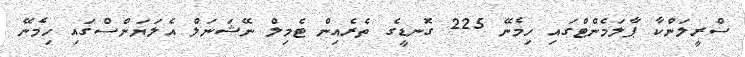
ސްރީލަންކާ ޕާލަމެންޓްގައި ހިމެނޭ 225 ގޮނޑީގެ ތެރެއިން ޓެމިލް ނޭޝަނަލް އެލަޔަންސްގައި ހިމެނޭ